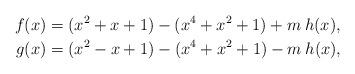
LaTeX: \begin{align*}f(x) & =( x^2+x+1)-(x^4+x^2+1) + m\: h(x),\\g(x) & = (x^2-x+1)-(x^4+x^2+1) - m\: h(x),\end{align*}